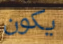
يكون